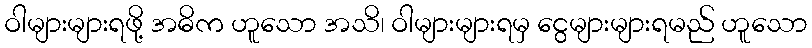
ဝါများများရဖို့ အဓိက ဟူသော အသိ၊ ဝါများများရမှ ငွေများများရမည် ဟူသော